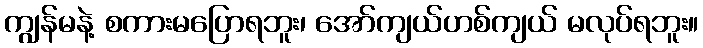
ကျွန်မနဲ့ စကားမပြောရဘူး၊ အော်ကျယ်ဟစ်ကျယ် မလုပ်ရဘူး။